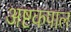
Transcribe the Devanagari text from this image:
अष्टकपाल